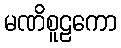
မဏိစူဠကော